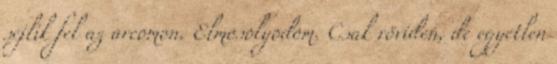
sejlik fel az arcomon. Elmosolyodom. Csak röviden, de egyetlen